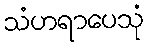
သံဟရာပေသုံ